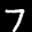
Label: 7